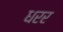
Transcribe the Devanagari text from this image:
धरर